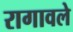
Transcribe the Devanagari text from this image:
रागावले